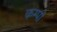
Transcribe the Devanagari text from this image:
कम्पो